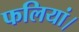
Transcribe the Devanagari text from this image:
फलियां।